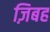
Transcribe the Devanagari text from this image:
ज़िबह